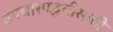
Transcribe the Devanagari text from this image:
उपचारपद्धतीसाठी